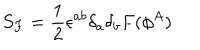
LaTeX: S _ { F } = { \frac { 1 } { 2 } } \epsilon ^ { a b } \delta _ { a } \delta _ { b } F ( \phi ^ { A } )